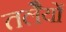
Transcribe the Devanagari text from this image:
तलेैयों